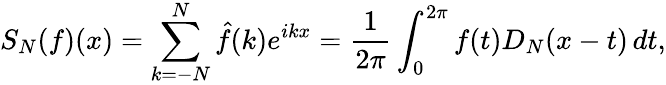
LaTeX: S_{N}(f)(x)=\sum_{k=-N}^{N}{\hat{f}}(k)e^{ikx}={\frac{1}{2\pi}}\int_{0}^{2\pi}f(t)D_{N}(x-t)\, dt,